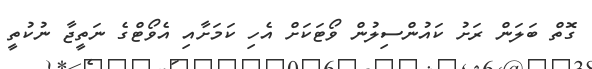
ގޮތް ބަލަން ރަށު ކައުންސިލުން ވޯޓަކަށް އެހި ކަމަށާއި އެވޯޓްގެ ނަތީޖާ ނުކުތީ